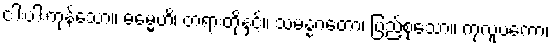
ငါးပါးကုန်သော။ ဓမ္မေဟိ၊ တရားတို့နှင့်။ သမန္နဂတော၊ ပြည့်စုံသော။ ကုလူပကော၊